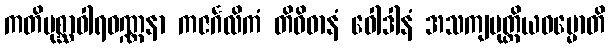
ကတိပုစ္ဆာဝါရဝဏ္ဏနာ ကဇင်္ဂလိကံ တိဝိဓာနံ ဝေါဒါနံ အသကျပုတ္တိယဓမ္မောတိ